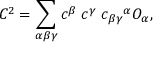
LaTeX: C ^ { 2 } = \sum _ { \alpha \beta \gamma } c ^ { \beta } \; c ^ { \gamma } \; c _ { \beta \gamma } { } ^ { \alpha } { \cal O } _ { \alpha } ,